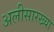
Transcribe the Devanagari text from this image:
अलीसारख्या